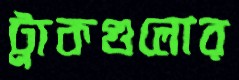
ট্রাকগুলোর